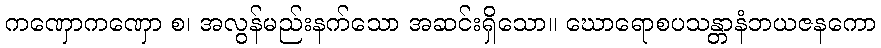
ကဏှောကဏှော စ၊ အလွန်မည်းနက်သော အဆင်းရှိသော။ ဃောရောစပသန္တာနံဘယဇနကော